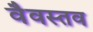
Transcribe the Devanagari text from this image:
वैवस्तव